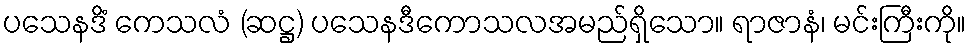
ပသေနဒိံ ကေသလံ (ဆဋ္ဌ) ပသေနဒီကောသလအမည်ရှိသော။ ရာဇာနံ၊ မင်းကြီးကို။